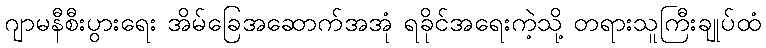
ဂျာမနီစီးပွားရေး အိမ်ခြေအဆောက်အအုံ ရခိုင်အရေးကဲ့သို့ တရားသူကြီးချုပ်ထံ